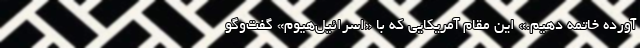
آورده خاتمه دهیم.» این مقام آمریکایی که با «اسرائیل‌هیوم» گفت‌وگو